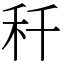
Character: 䄭